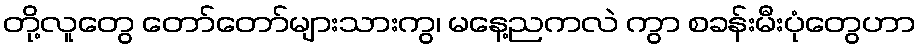
တို့လူတွေ တော်တော်များသားကွ၊ မနေ့ညကလဲ ကွာ စခန်းမီးပုံတွေဟာ